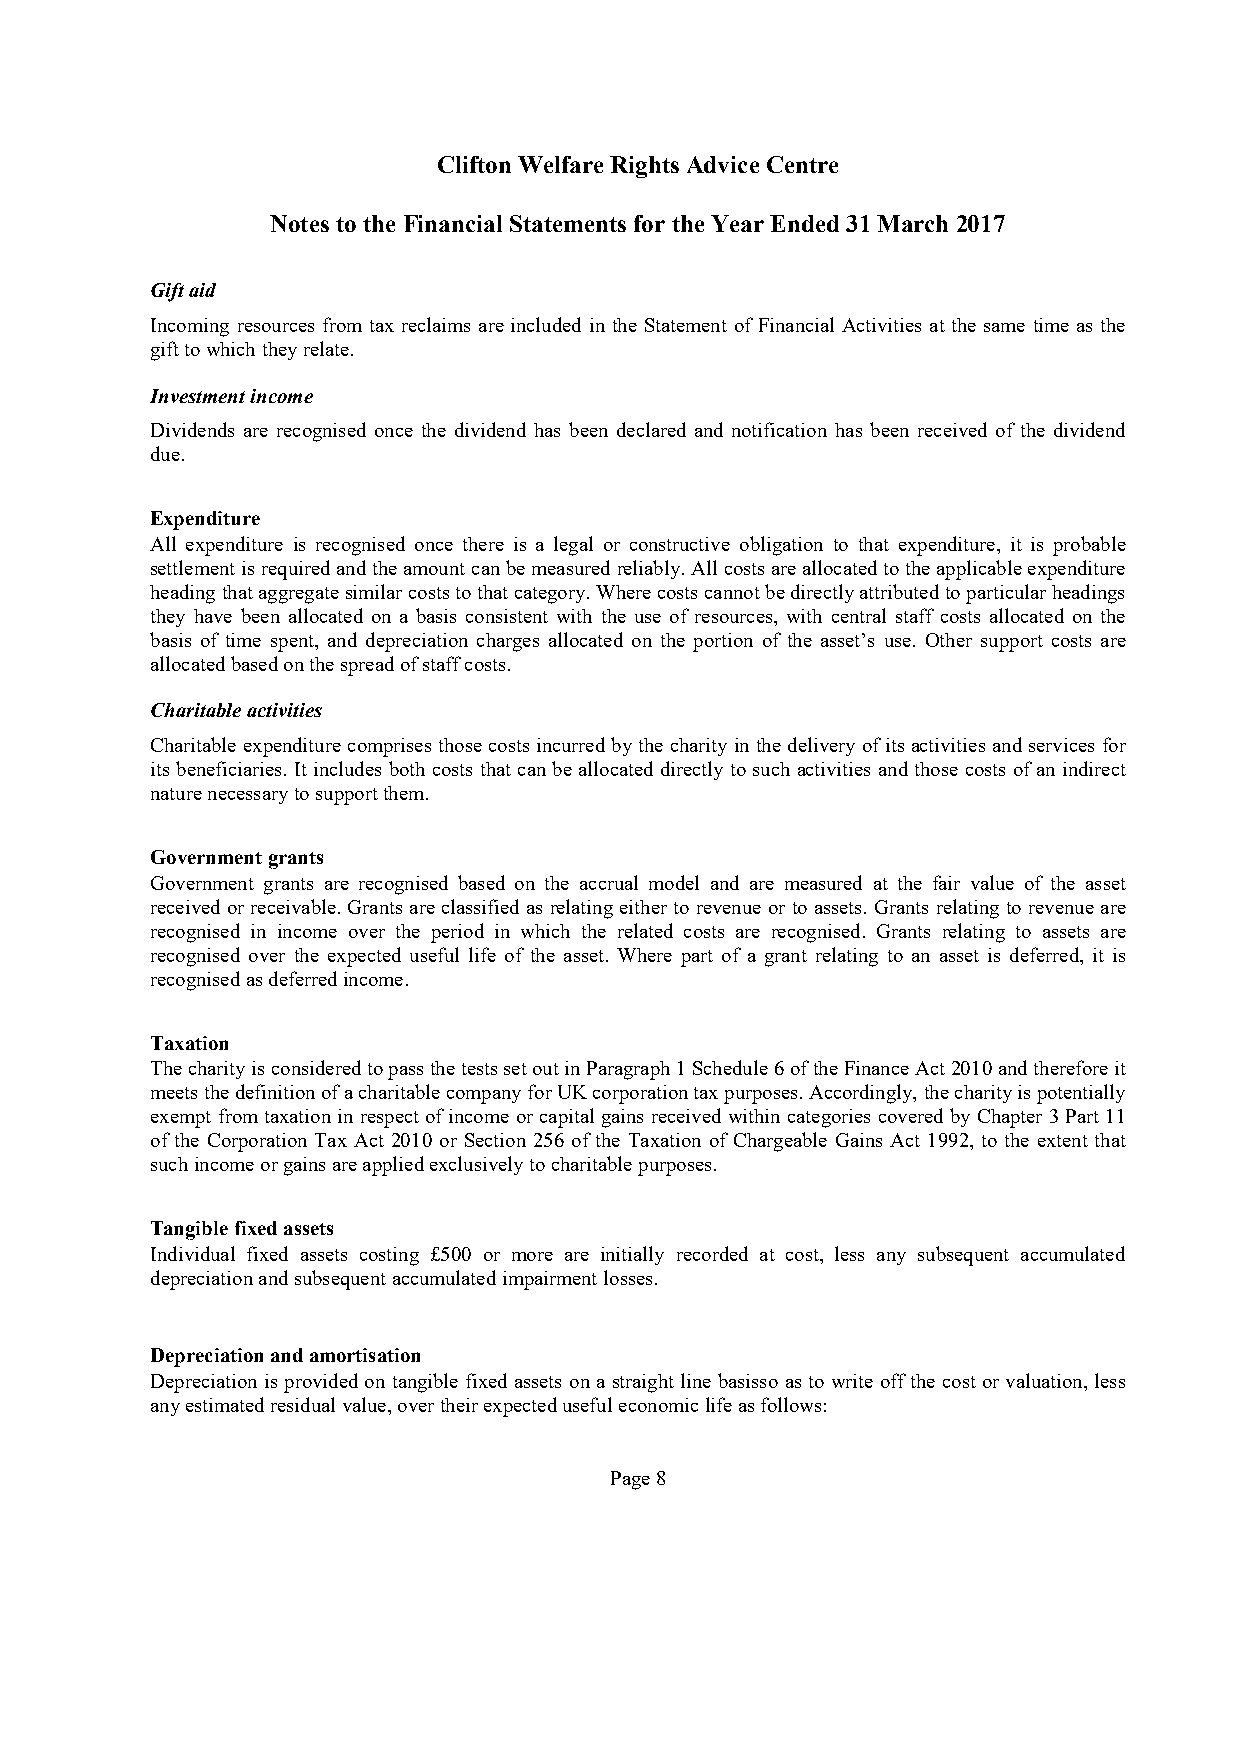
CliftonWelfareRights AdviceCentre
 Notes tothe Financial Statements fortheYear Ended31March 2017
 Giftaid
 Incoming resources from tax reclaims are included in the Statement of Financial Activities at the same time as the
 gifttowhichtheyrelate.
 Investmentincome
 Dividends are recognised once the dividend has been declared and notification has been received of the dividend
 due.
 Expenditure
 All expenditure is recognised once there is a legal or constructive obligation to that expenditure, it is probable
 settlement isrequiredandtheamount canbemeasured reliably.Allcostsareallocatedtotheapplicableexpenditure
 headingthataggregatesimilarcoststothatcategory.Wherecostscannotbedirectlyattributedtoparticularheadings
 they have been allocated on a basis consistent with the use of resources, with central staff costs allocated on the
 basis of time spent, and depreciation charges allocated on the portion of the asset’s use. Other support costs are
 allocatedbasedonthespreadofstaffcosts.
 Charitableactivities
 Charitable expenditure comprises those costsincurredbythe charityinthe deliveryofitsactivities andservices for
 its beneficiaries. Itincludes bothcosts that canbe allocated directlyto such activities and those costs ofanindirect
 naturenecessarytosupportthem.
 Governmentgrants
 Government grants are recognised based on the accrual model and are measured at the fair value of the asset
 received orreceivable. Grants are classified asrelating either to revenue or toassets. Grants relating to revenue are
 recognised in income over the period in which the related costs are recognised. Grants relating to assets are
 recognised over the expected useful life of the asset. Where part of a grant relating to an asset is deferred, it is
 recognisedasdeferredincome.
 Taxation
 ThecharityisconsideredtopassthetestssetoutinParagraph1Schedule6oftheFinanceAct2010andthereforeit
 meetsthedefinitionofacharitablecompanyforUKcorporationtaxpurposes.Accordingly, thecharityispotentially
 exempt fromtaxation inrespectofincome orcapitalgains received within categoriescoveredbyChapter 3Part11
 of the Corporation Tax Act 2010 or Section 256 of the Taxation of Chargeable Gains Act 1992, to the extent that
 suchincomeorgainsareappliedexclusivelytocharitablepurposes.
 Tangiblefixedassets
 Individual fixed assets costing £500 or more are initially recorded at cost, less any subsequent accumulated
 depreciationandsubsequentaccumulatedimpairmentlosses.
 Depreciationandamortisation
 Depreciationis providedon tangible fixed assets ona straight line basisso asto write off the cost orvaluation, less
 anyestimatedresidualvalue,overtheirexpectedusefuleconomiclifeasfollows:
 Page8